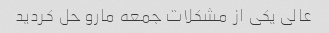
عالی یکی از مشکلات جمعه مارو حل کردید